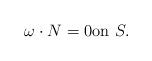
LaTeX: \begin{align*} \omega \cdot N = 0 \textrm{on } S.\end{align*}